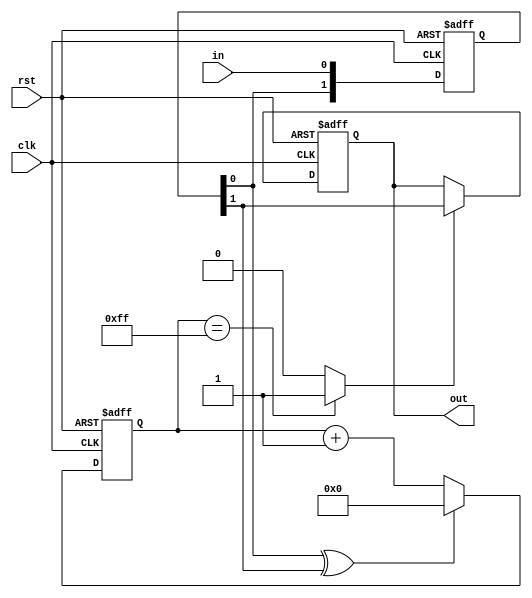
module deb(input clk, input rst, input in, output out);

reg out_next, out_reg;
reg [1:0] ff_next, ff_reg;
reg [7:0] cnt_next, cnt_reg;

wire in_changed, in_stable;

assign out = out_reg;
assign in_changed = ff_reg[0] ^ ff_reg[1];
assign in_stable = (cnt_reg == 8'hFF) ? 1'b1 : 1'b0;

always @(posedge clk, negedge rst) begin
	if(!rst) begin
		out_reg <= 1'b0;
		ff_reg[0] <= 1'b0;
		ff_reg[1] <= 1'b0;
		cnt_reg <= 8'b0;
	end
	else begin
		out_reg <= out_next;
		ff_reg[0] <= ff_next[0];
		ff_reg[1] <= ff_next[1];
		cnt_reg <= cnt_next;
	end
end

always @(*) begin
	ff_next[0] = in;
	ff_next[1] = ff_reg[0];
	cnt_next = (in_changed == 1'b1) ? 1'b0 : (cnt_reg + 1'b1);
	out_next = (in_stable == 1'b1) ? ff_reg[1] : out_reg;
end


endmodule